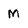
Character: M